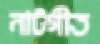
নাটগীত